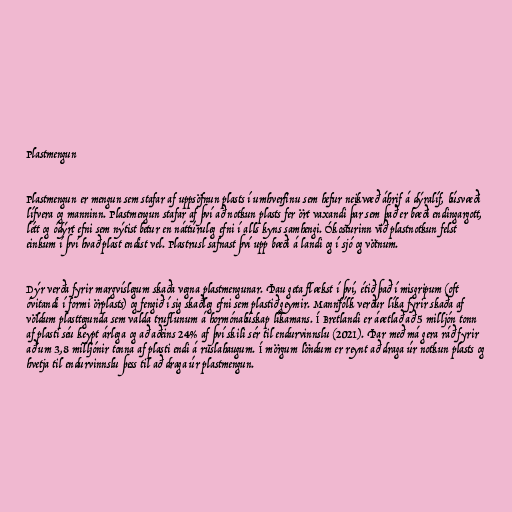
Plastmengun

Plastmengun er mengun sem stafar af uppsöfnun plasts í umhverfinu sem hefur neikvæð áhrif á dýralíf, búsvæði
lífvera og manninn. Plastmengun stafar af því að notkun plasts fer ört vaxandi þar sem það er bæði endingargott,
létt og ódýrt efni sem nýtist betur en náttúruleg efni í alls kyns samhengi. Ókosturinn við plastnotkun felst
einkum í því hvað plast endist vel. Plastrusl safnast því upp bæði á landi og í sjó og vötnum.

Dýr verða fyrir margvíslegum skaða vegna plastmengunar. Þau geta flækst í því, étið það í misgripum (oft
óvitandi í formi örplasts) og fengið í sig skaðleg efni sem plastið geymir. Mannfólk verður líka fyrir skaða af
völdum plasttegunda sem valda truflunum á hormónabúskap líkamans. Í Bretlandi er áætlað að 5 milljón tonn
af plasti séu keypt árlega og að aðeins 24% af því skili sér til endurvinnslu (2021). Þar með má gera ráð fyrir
að um 3,8 milljónir tonna af plasti endi á ruslahaugum. Í mörgum löndum er reynt að draga úr notkun plasts og
hvetja til endurvinnslu þess til að draga úr plastmengun.